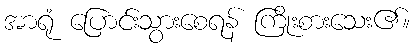
အာရုံ ပြောင်းသွားစေရန် ကြိုးစားသေး၏။